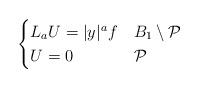
LaTeX: \begin{align*}\begin{cases} L_a U = |y|^a f & B_1 \setminus \mathcal{P}\\U = 0 & \mathcal{P}\end{cases}\end{align*}